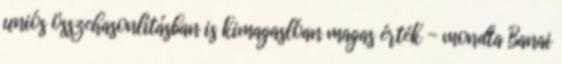
uniós összehasonlításban is kimagaslóan magas érték - mondta Banai